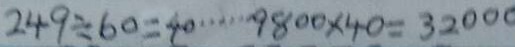
2 4 9 \div 6 0 = 4 0 \cdots 9 8 0 0 \times 4 0 = 3 2 0 0 0